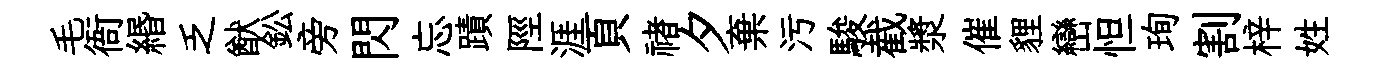
毛衙緡乏猷鈆旁閃忘蹟陘涯頁禇夕棄污駿截漿催貍巒怛珣割梓姓